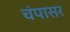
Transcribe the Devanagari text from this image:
चंपासर